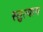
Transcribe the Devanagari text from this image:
स्तुत्याय